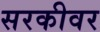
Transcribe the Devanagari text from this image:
सरकीवर